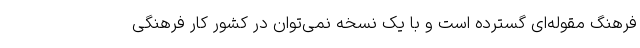
فرهنگ مقوله‌ای گسترده است و با یک نسخه نمی‌توان در کشور کار فرهنگی